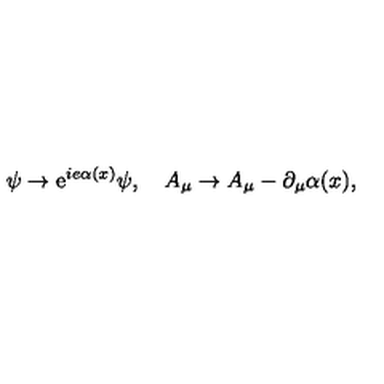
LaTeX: \psi \rightarrow \mathrm { e } ^ { i e \alpha ( x ) } \psi , \quad A _ { \mu } \rightarrow A _ { \mu } - \partial _ { \mu } \alpha ( x ) ,